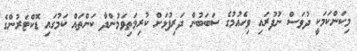
މިކަންކަމަކީ ދުވަސް ނުފުރައި ވިހެއުމުގެ ސަބަބުން ދަރިފުޅަށް ކުރިމަތިވަމުންދާ ކަންތައް ކަމުގައި ޑޮކްޓަރުންގެ